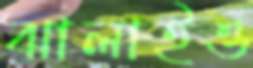
ঝালাইও